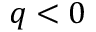
q < 0